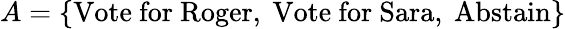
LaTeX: A=\{ {\mathrm{Vote~for~Roger,~Vote~for~Sara,~Abstain}}\}